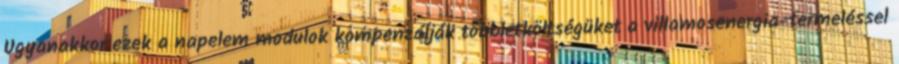
Ugyanakkor ezek a napelem modulok kompenzálják többletköltségüket a villamosenergia-termeléssel